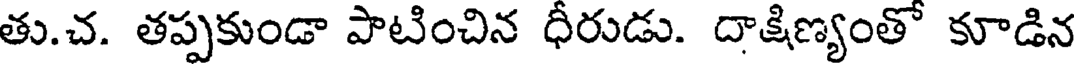
తు.చ. తప్పకుండా పాటించిన ధీరుడు. దాక్షిణ్యంతో కూడిన